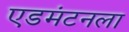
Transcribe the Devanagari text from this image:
एडमंटनला